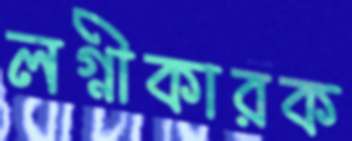
লগ্নীকারক